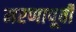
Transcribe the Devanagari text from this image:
मरणापूर्वी